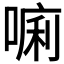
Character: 𱔀